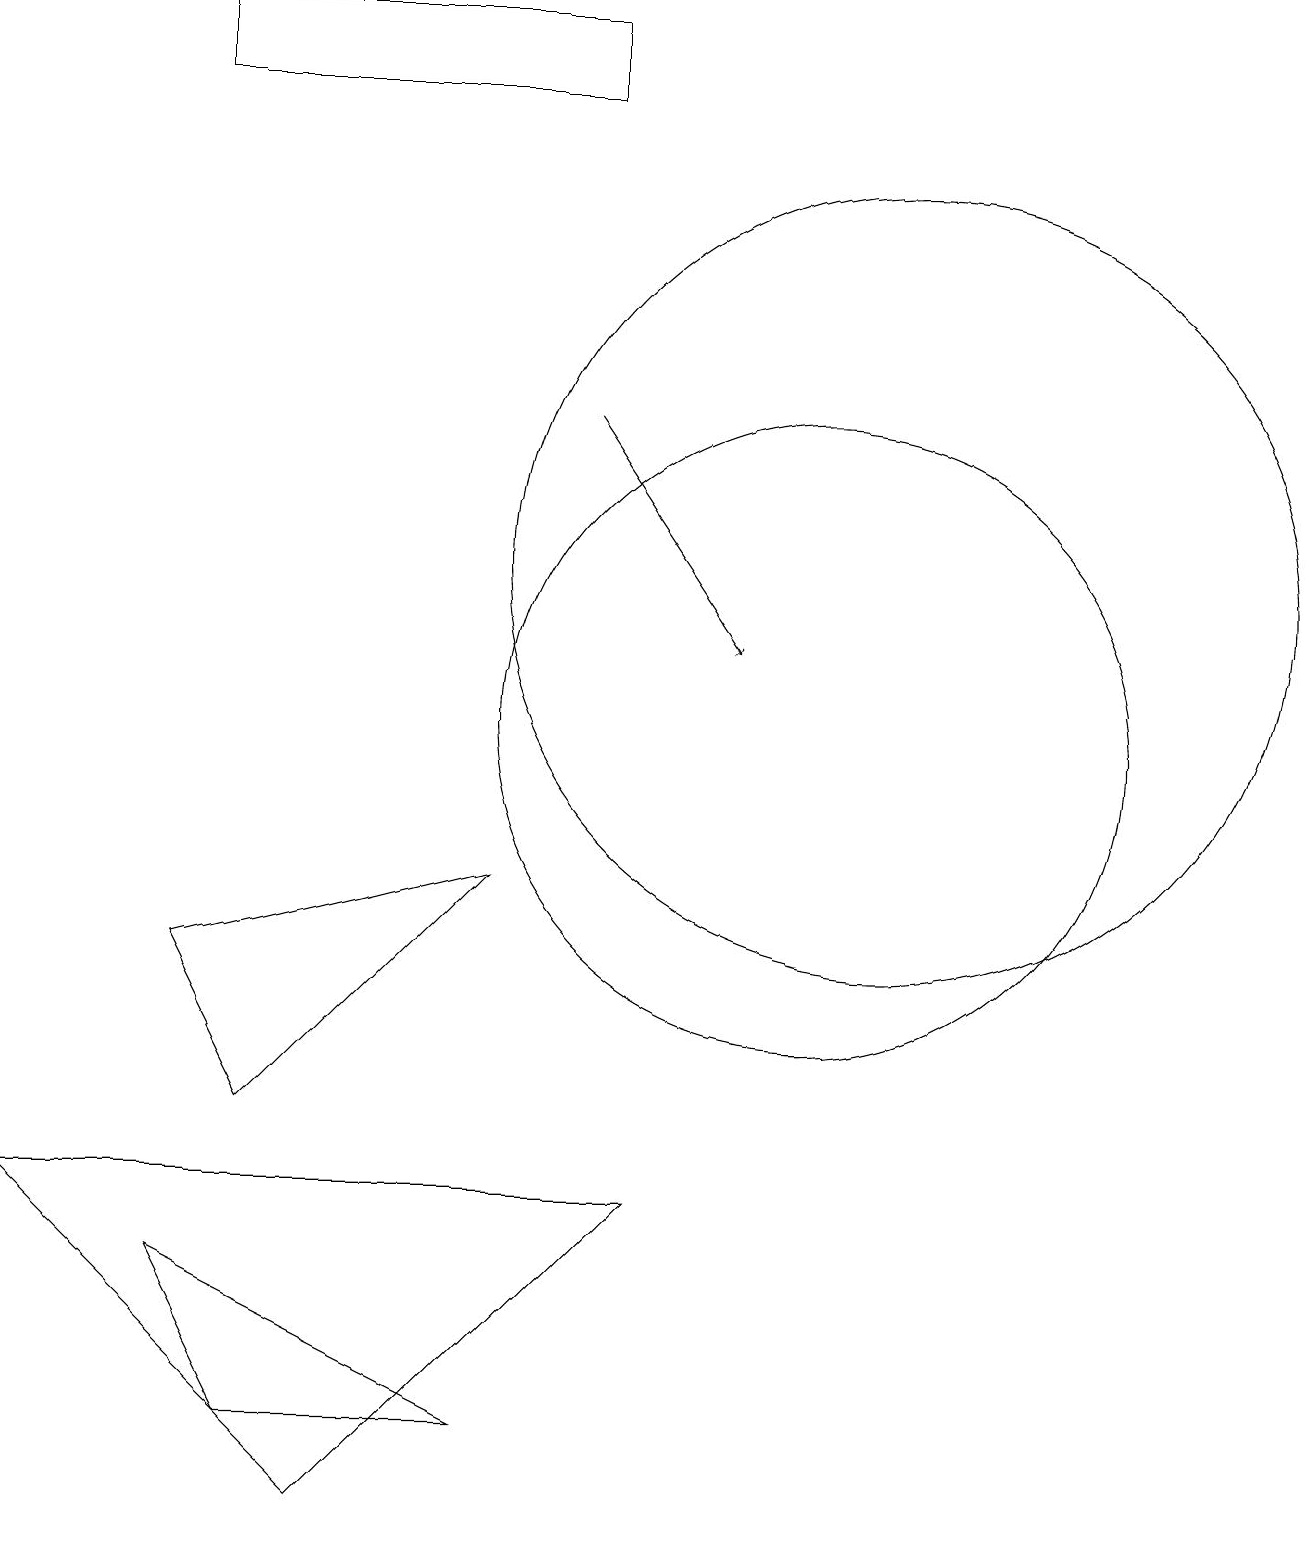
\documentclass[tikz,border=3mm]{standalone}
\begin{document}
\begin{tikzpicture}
\draw (10,10) circle (4);
\draw (8,4) -- (4,0) -- (0,4) -- cycle;
\draw (7,18) rectangle (2,19);
\draw (11,12) circle (5);
\draw (3,5) -- (6,8) -- (2,7) -- cycle;
\draw (3,1) -- (6,1) -- (2,3) -- cycle;
\draw[->] (7,14) -- (9,11);
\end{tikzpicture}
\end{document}